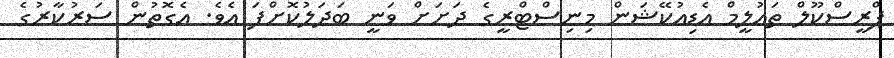
ޕްރީސްކޫލް ތައުލީމް އެޑިއުކޭޝަން މިނިސްޓްރީގެ ދަށަށް ވަނީ ބަދަލުކޮށްފަ އެވެ. އެގޮތުން ސަރުކާރުގެ